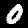
Digit: 0